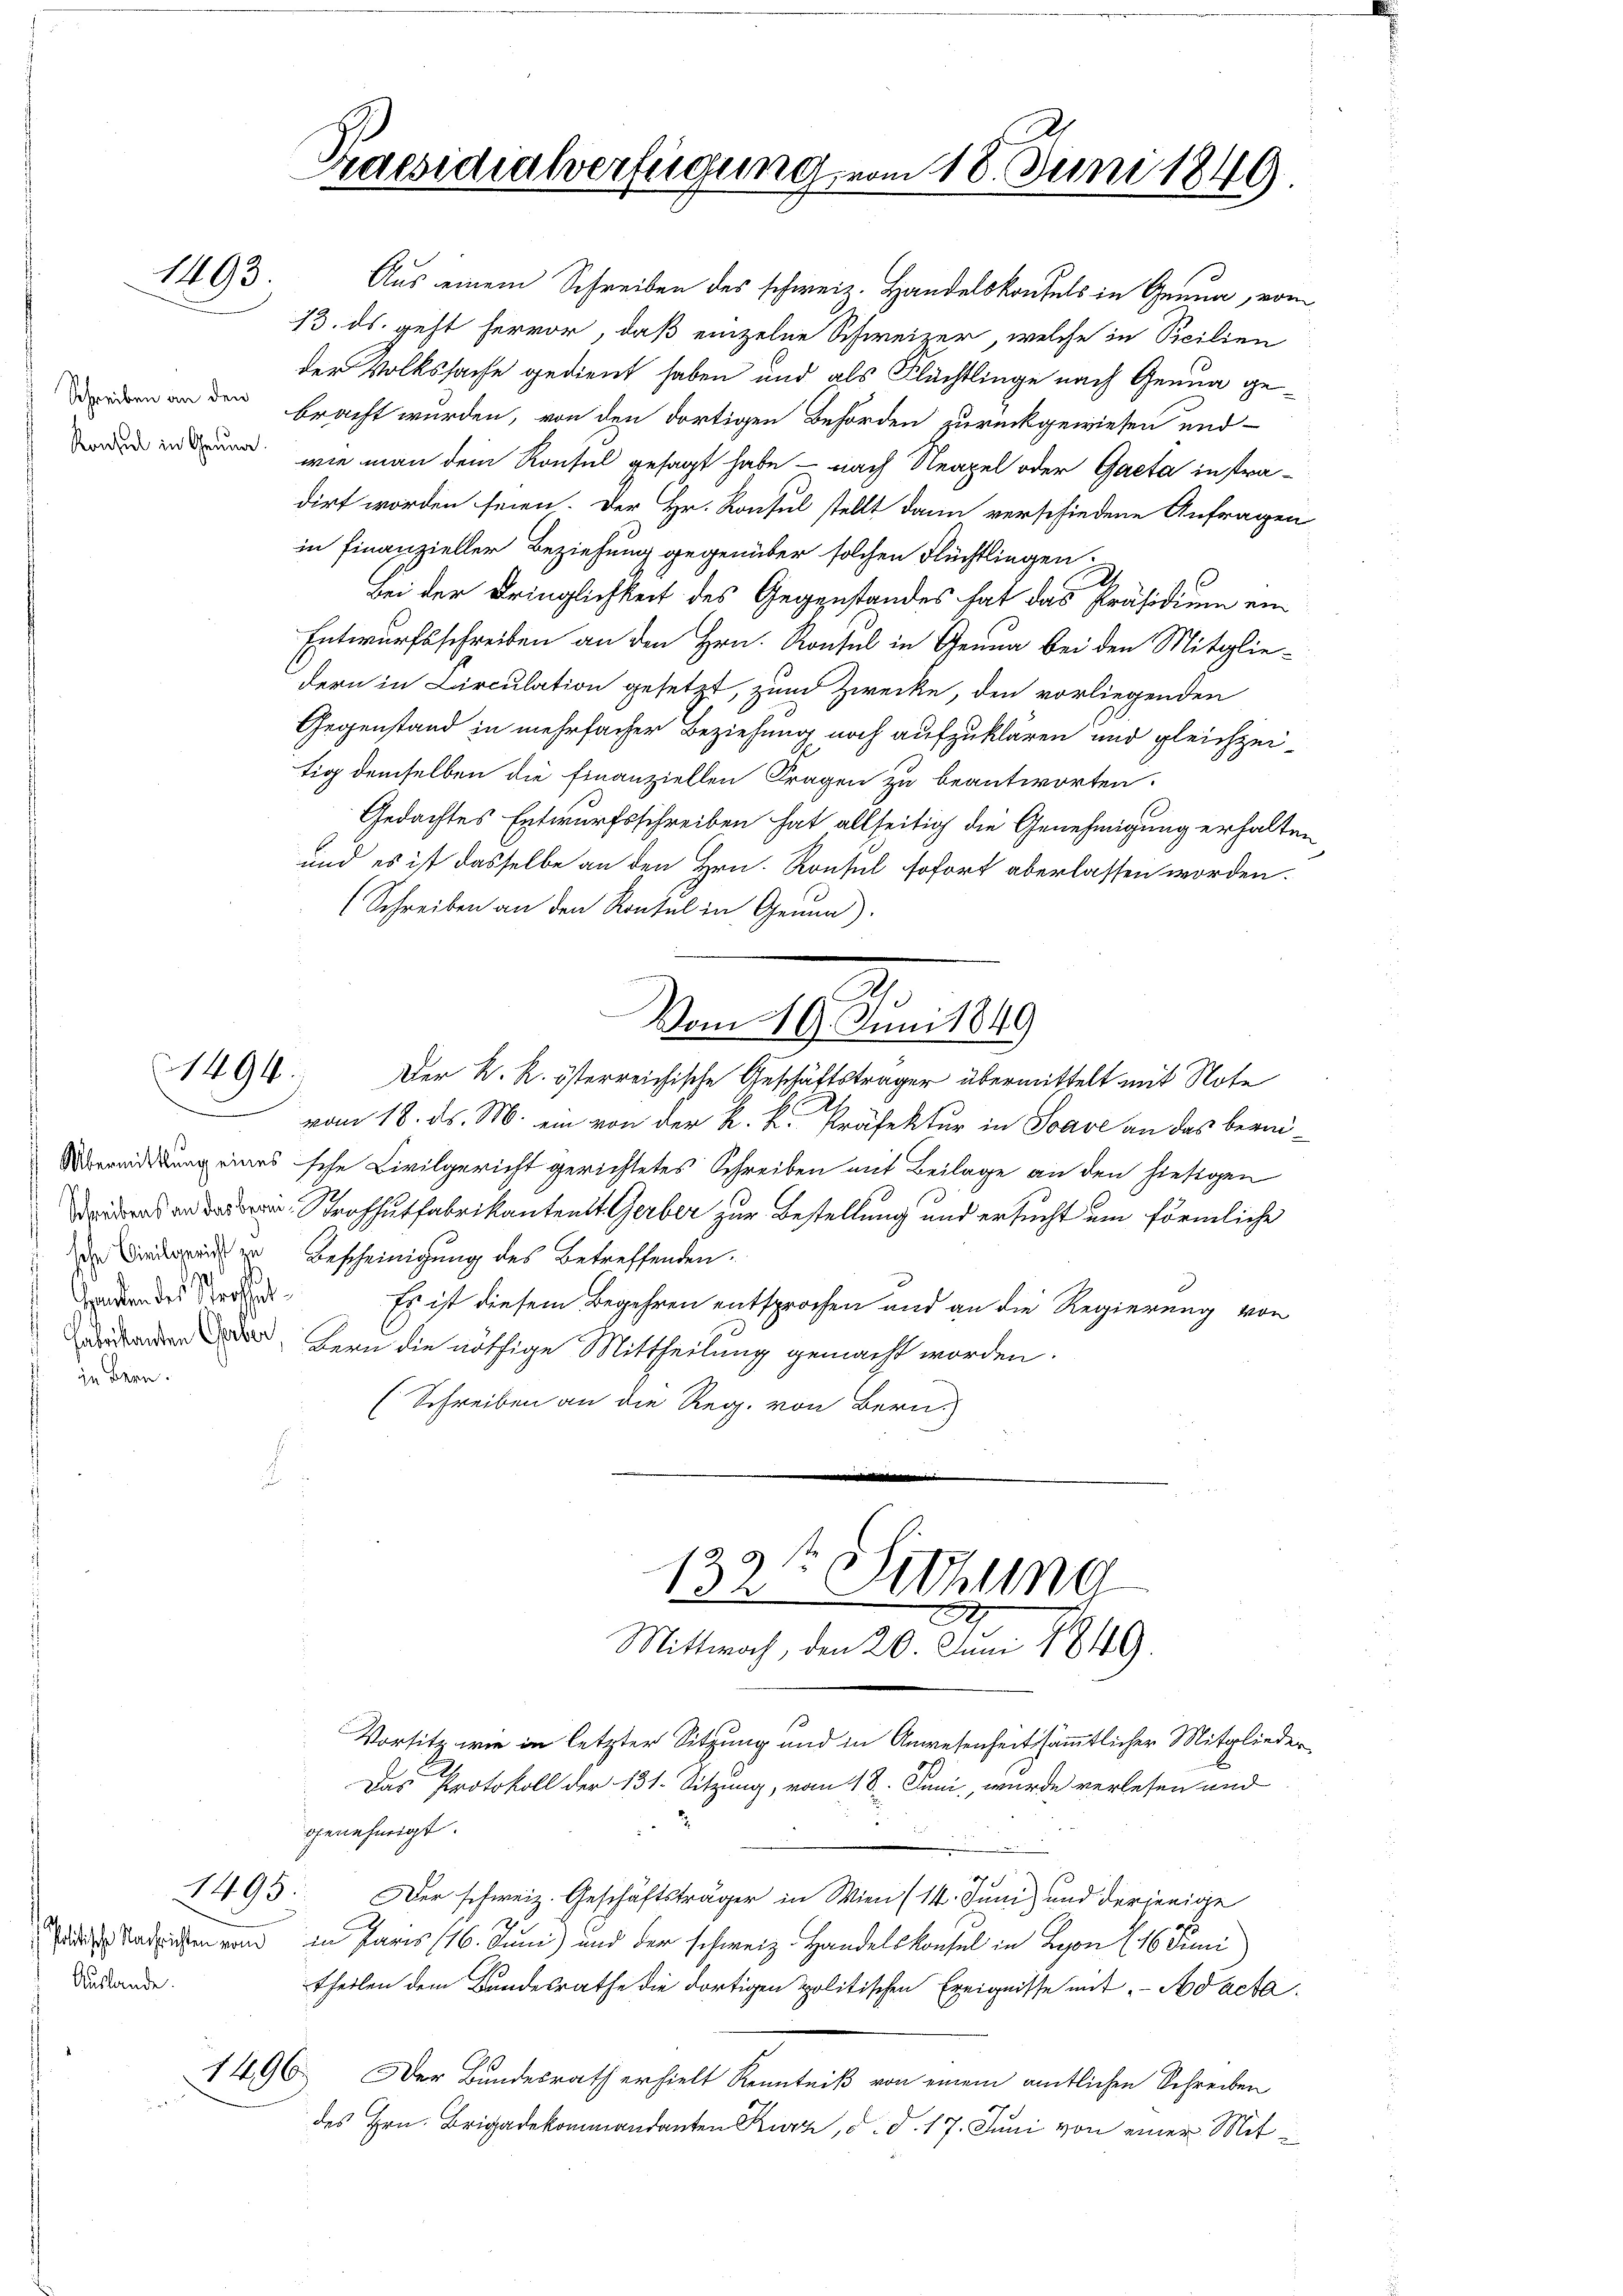
Aus einem Schreiben des schweiz. Handelskonfels in Genua, vom
13. ds. geht hervor, daß einzelne Schweizer, welche in Sicilien
der Volkssache gedient haben und als Flächtlinge nach Genua gebracht wurden, von den dortigen Behörden zurückgewiesen und
wie man dem Konsul gesagt habe - nach Neapel oder Gaeta instradirt worden seien. Der Hr. Konsul stellt dann verschiedene Anfragen
in Finanzieller Beziehung gegenüber solchen Flüchtlingen.
d
Bei der Dringlichkeit des Gegenstandes hat das Präsidium ein
Entwurfsschreiben an den Hrn. Konsul in Genua bei den Mitglie-
dern in Circulation gesetzt, zum Zwecke, den vorliegenden
Gegenstand in mehrfacher Beziehung noch aufzuklären und gleichzeitig demselben die Finanziellen Fragen zu beantworten.
Gedachtes Entwurfsschreiben hat allseitig die Genehmigung erhalten
und es ist dasselbe an den Hrn. Konsul sofort aberlassen worden.
(Schreiben an den Konsul in Genua).
Vom 19. Juni 1849
1494.
Der K. K. österreichische Geschäftsträger übermittelt mit Note
vom 18. ds. M. ein von der K. K. Präfektur in Save an das berei¬
Übereidigung eines sche Civilgericht gerichtetes Schreiben mit Beilage an den hiesigen
  das Strohhutfabrikantent Gerber zur Bestellung und ersucht ein förmliche
der Zürich zu Bescheinigung des betreffenden.
anten des Strafsat
Es ist diesem Begehren entsprochen und an die Regierung von
uddenden, fern die nöthige Mittheilung gemacht worden.
zu Bern.
(Schreiben an die Reg. von Bern.
8.
132te Sitzung

1493.

Schreiben an den
Konsul in Genua

Auslande.

1495.

Praesidialverfügung vom 18. Juni 1849

Mittwoch, den 20. Juni 1849.

Vorsitz wie in letzter Sitzung und in Anwesenheit sämmtlicher Mitglieder
genehmigt.
 Baden von in Paris 116. Juni und der schweiz. Handelskonsul in Lyon (16. Juni
theilen dem Bandesrathe die dortigen politischen Ereignisse mit Adacte
1496. Der Bundesrath erhielt Kenntniß von einem amtlichen Schreiben
des Hrn. Brigadekommandanten Kurz, d. d. 17. Juni von einer Mit¬

Das Protokoll der 131. Sitzung, vom 18. Juni, wurde verlesen und
Der schweiz. Geschäftsträger in Wien (14. Juni) und derjenige